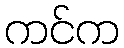
ကင်က